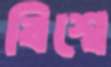
বিশ্বে